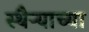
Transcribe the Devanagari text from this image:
स्थैऱ्याच्या